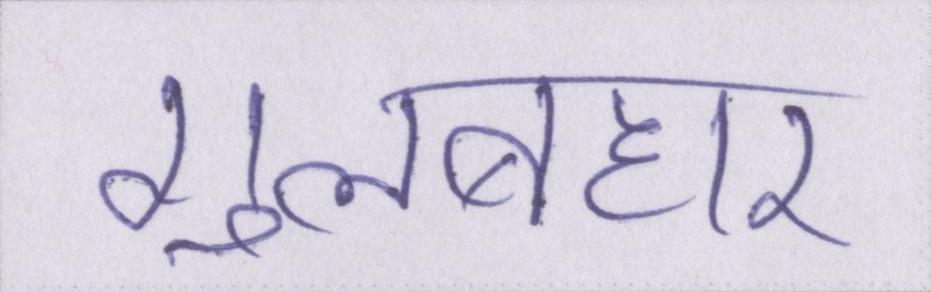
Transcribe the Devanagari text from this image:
गुलबहार